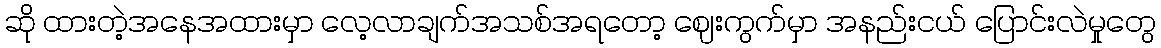
ဆို ထားတဲ့အနေအထားမှာ လေ့လာချက်အသစ်အရတော့ ဈေးကွက်မှာ အနည်းငယ် ပြောင်းလဲမှုတွေ